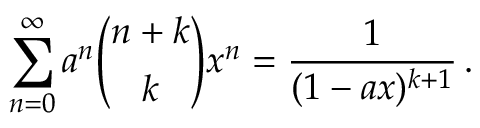
\sum _ { n = 0 } ^ { \infty } a ^ { n } { \binom { n + k } { k } } x ^ { n } = { \frac { 1 } { ( 1 - a x ) ^ { k + 1 } } } \, .